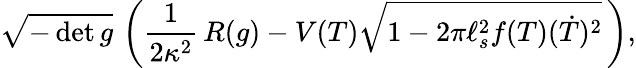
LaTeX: \sqrt{-\operatorname*{det}g}\, \left({\frac{1}{2\kappa^{2}}}\, R(g)-V(T)\sqrt{1-2\pi\ell_{s}^{2}f(T)(\dot{T})^{2}}\, \right),